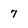
Character: 7